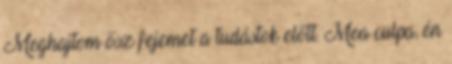
Meghajtom ősz fejemet a tudástok előtt. Mea culpa, én